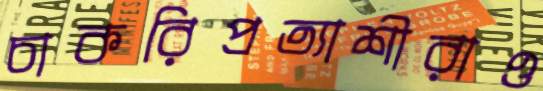
চাকরিপ্রত্যাশীরাও